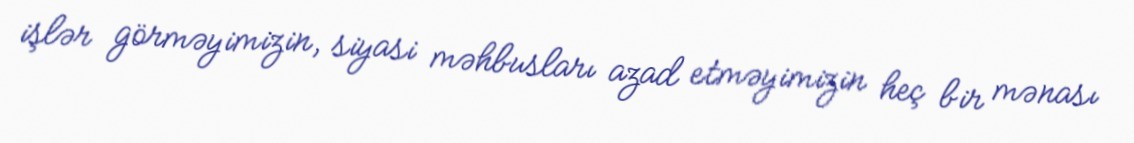
işlər görməyimizin, siyasi məhbusları azad etməyimizin heç bir mənası